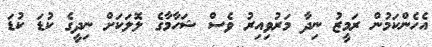
އެހެންކަމުން ރަމީޒު ނިދާ މަރުވިއިރު ވެސް ޝަހާމާގެ ލޮލަކަށް ނިދީގެ ކުޑަ ކުޑަ